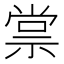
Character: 𬓂